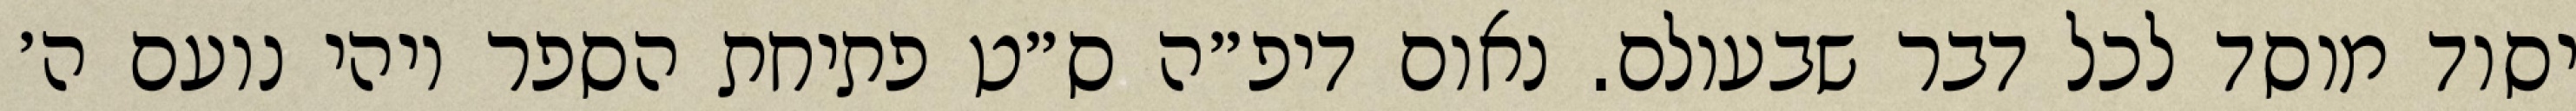
יסוד מוסד לכל דבר שבעולם. נאום דיפ״ה ס״ט פתיחת הספר ויהי נועם ה׳